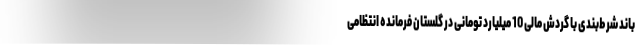
باند شرط‌بندی با گردش مالی 10 میلیارد تومانی در گلستان فرمانده انتظامی